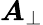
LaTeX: {\boldsymbol{A}}_{\perp}